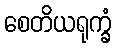
စေတိယရုက္ခံ